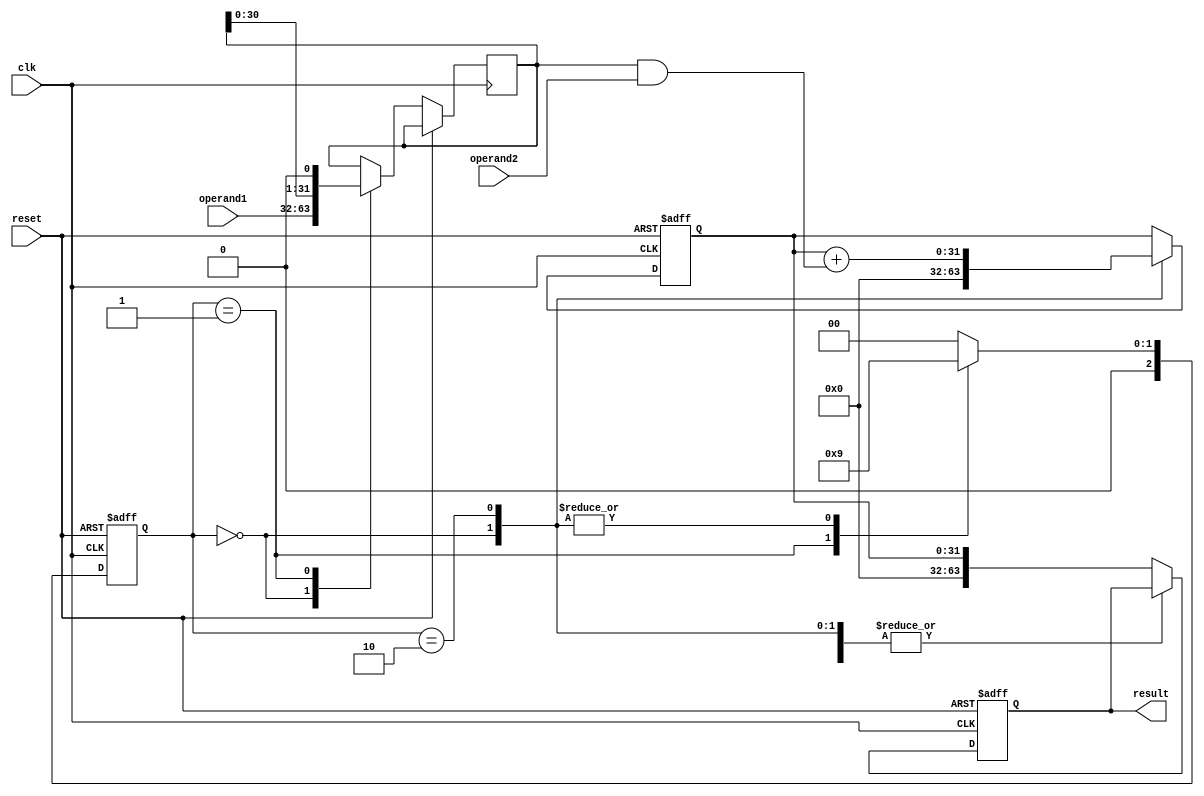
module multiplier (
    input clk,
    input reset,
    input [31:0] operand1,
    input [31:0] operand2,
    output reg [63:0] result
);

reg [31:0] partial_product;
reg [31:0] accumulator;
reg [2:0] state;

always @ (posedge clk or posedge reset) begin
    if (reset) begin
		state <= 0;
		result <= 0;
        accumulator <= 0;
    end else begin
        case (state)
            0: begin // Load operands
                partial_product <= operand1;
                accumulator <= 0;
                state <= 1;
            end
            1: begin // Generate partial products
                partial_product <= partial_product << 1;
                state <= 2;
            end
            2: begin // Accumulate partial products
                accumulator <= accumulator + (partial_product & operand2);
                state <= 1;
            end
            default: begin
                state <= 0;
                result <= accumulator;
            end
        endcase
    end
end

endmodule